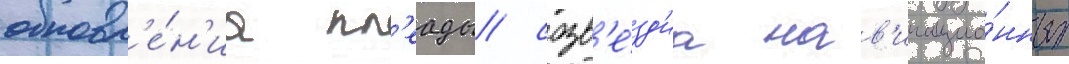
обновл'е́н'иа пл'еады/ созв'е́зд'иа нав'игацио́нных